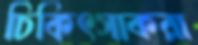
চিকিৎসাকরা